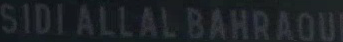
SIDIALLALBAHRAOU